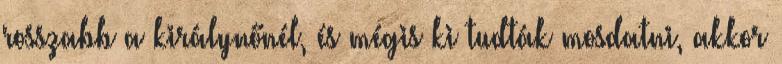
rosszabb a királynőnél, és mégis ki tudták mosdatni, akkor